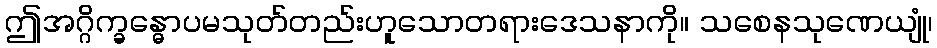
ဤအဂ္ဂိက္ခန္ဓောပမသုတ်တည်းဟူသောတရားဒေသနာကို။ သစေနသုဏေယျုံ၊